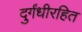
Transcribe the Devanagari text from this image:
दुर्गंधीरहित